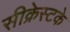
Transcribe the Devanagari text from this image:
सीक्रेस्टके